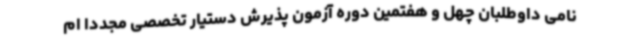
نامی داوطلبان چهل و هفتمین دوره آزمون پذیرش دستیار تخصصی مجددا ام